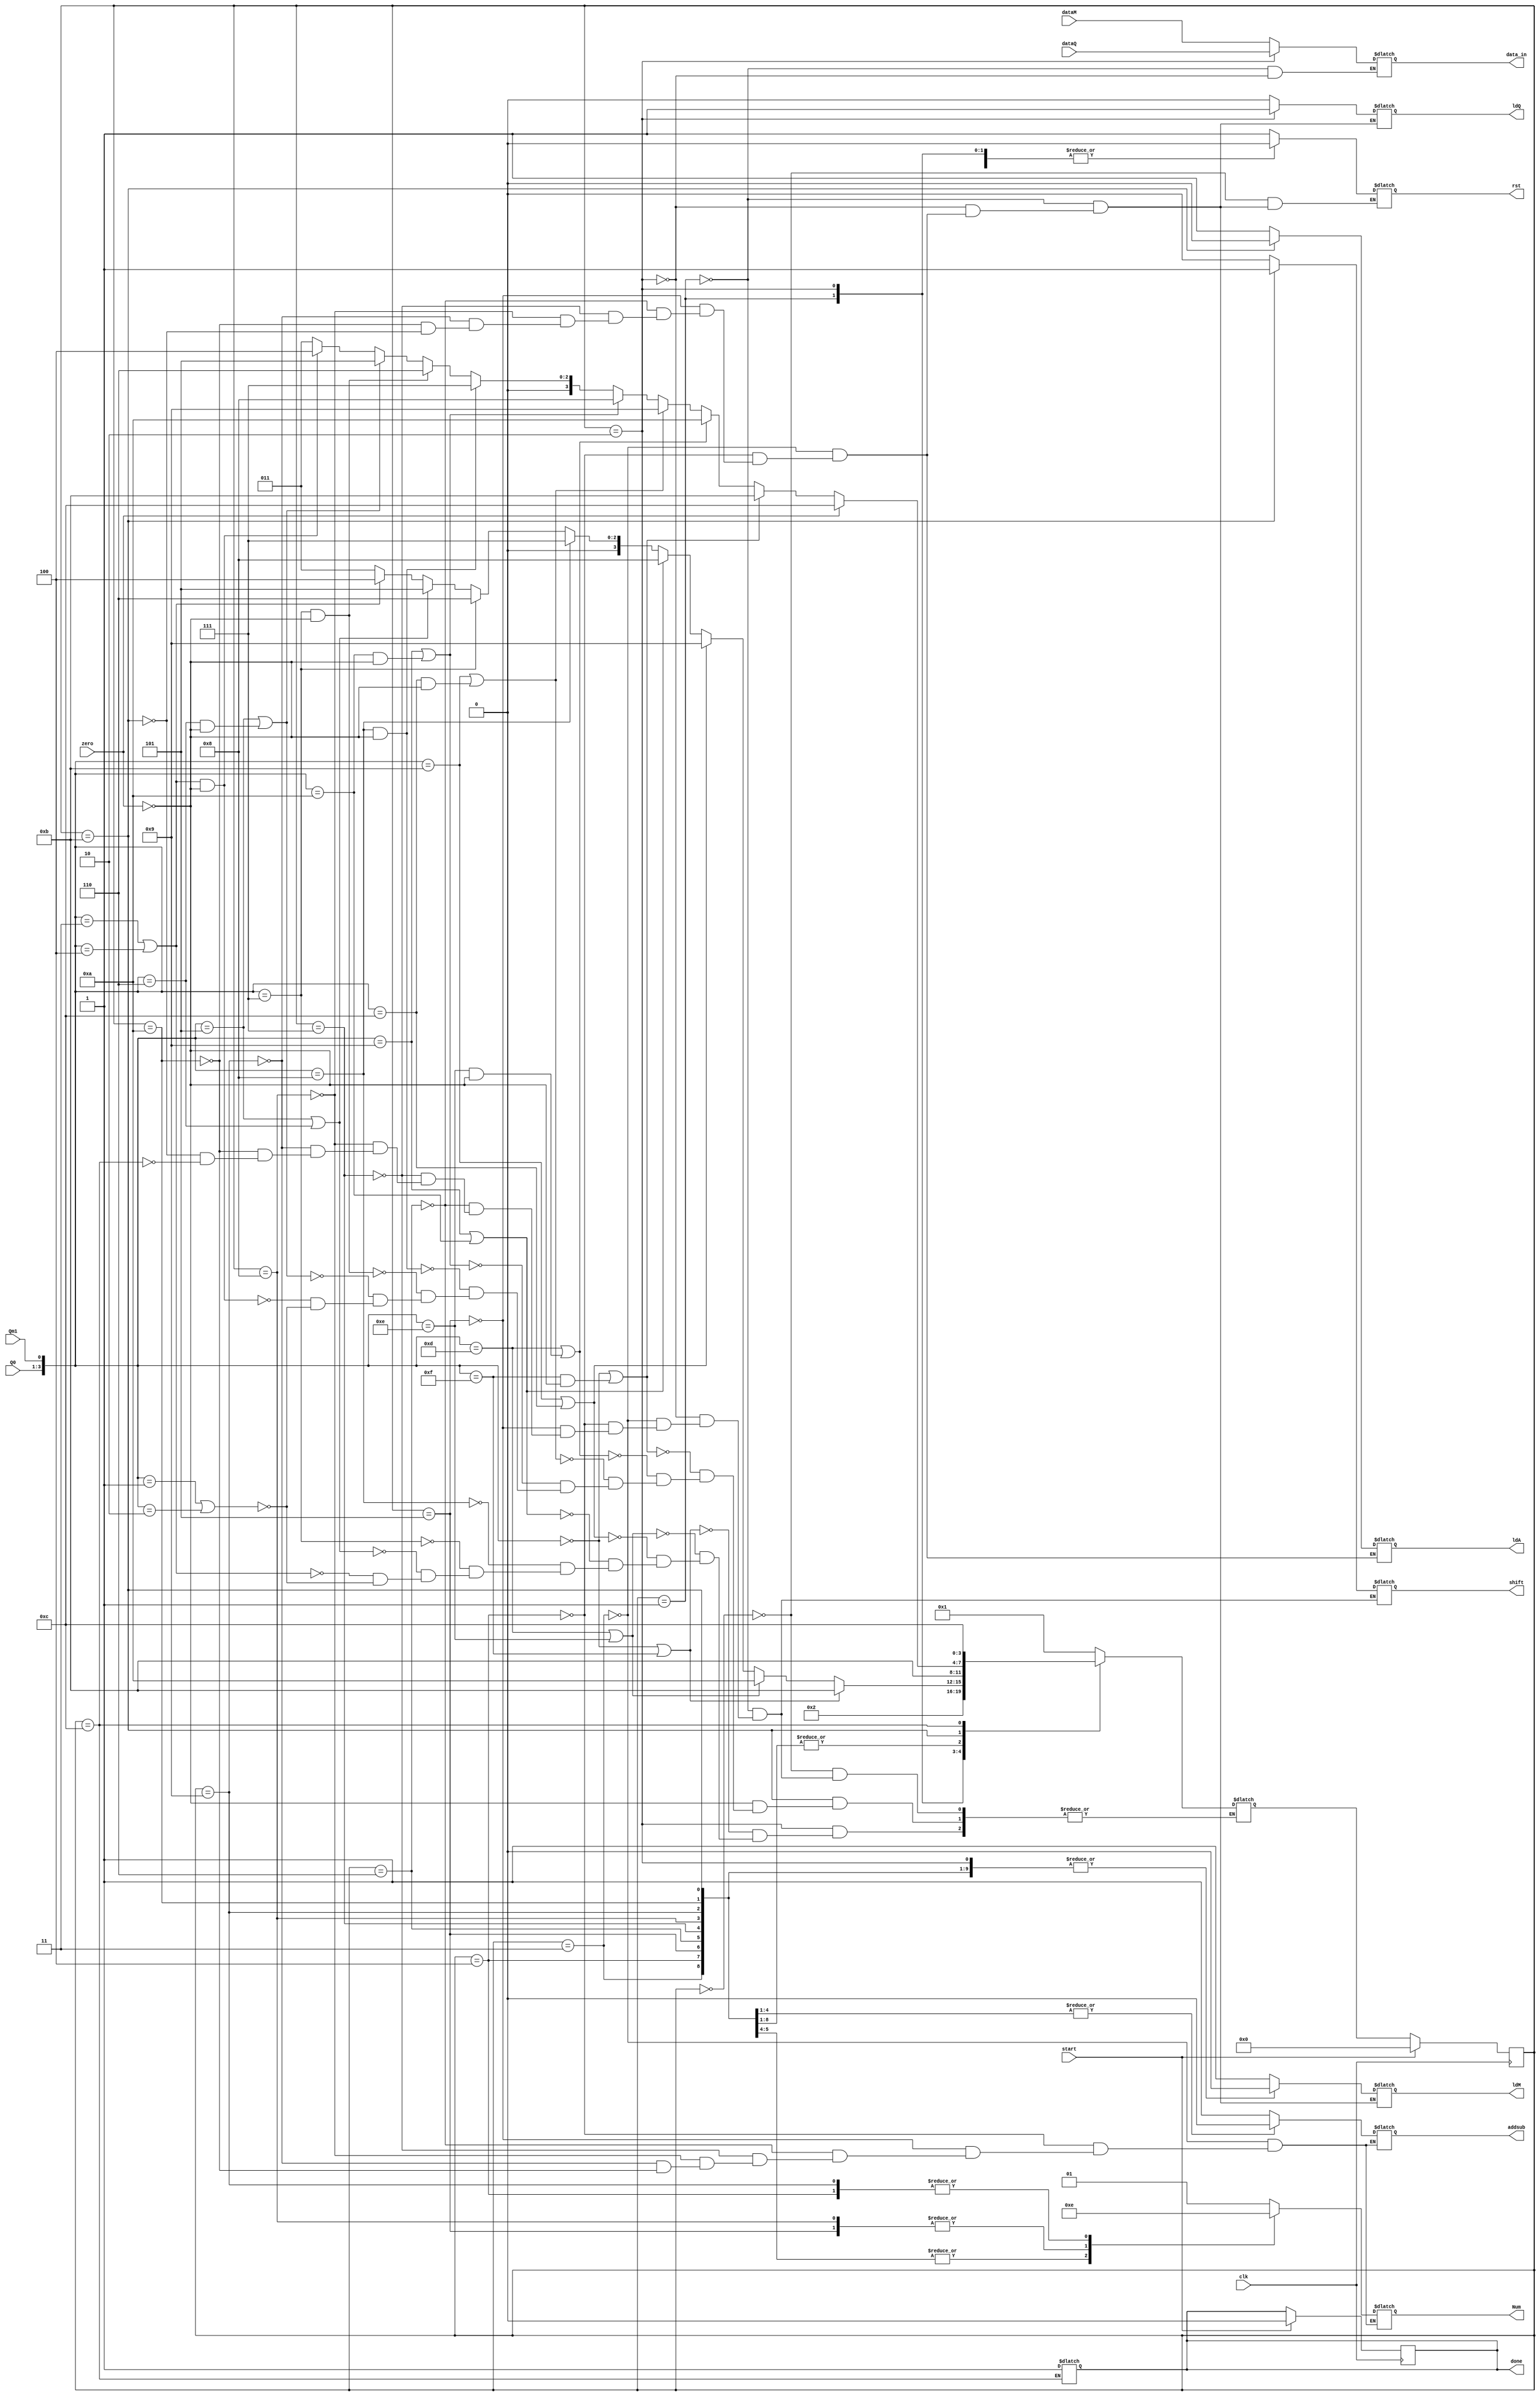
module control (
    input clk,input [2:0]Q0,input Qm1,start,zero,input [14:0]dataM,dataQ,output reg addsub,rst,ldM,shift,ldQ,done,ldA, output reg [14:0] data_in, output reg [1:0]Num
);
    parameter S0 = 4'b0000, S1 = 4'b0001, S2 = 4'b0010, S3 = 4'b0011,S4 = 4'b0100, S5 = 4'b0101,S6 = 4'b0110,S7 = 4'b0111,S8 = 4'b1000,S9 = 4'b1001,S10 = 4'b1010,S11 = 4'b1011,S12 = 4'b1100;
    reg [3:0]State,Next_State;
    
    always @(posedge clk) begin
        if(start) begin
            State <= S0;
            done <= 1'b0;
        end
        else begin
            State <= Next_State;
        end
    end

    always @(*) begin
        case(State)
        S0:begin
                Next_State <= S1;
            end
        S1: Next_State <= S2;
        S2: begin
            if({Q0,Qm1} == 4'b0001 || {Q0,Qm1} == 4'b0010 ) begin
                Next_State <= S3;
            end
            if({Q0,Qm1} == 4'b0011 || {Q0,Qm1} == 4'b0100) Next_State <= S4;
            if({Q0,Qm1} == 4'b0101 || {Q0,Qm1} == 4'b0110) Next_State <= S5;
            if({Q0,Qm1} == 4'b0111) Next_State <= S6;
            if({Q0,Qm1} == 4'b1000) Next_State <= S7;
            if({Q0,Qm1} == 4'b1001 || {Q0,Qm1} == 4'b1010) Next_State <= S8;
            if({Q0,Qm1} == 4'b1011 || {Q0,Qm1} == 4'b1100) Next_State <= S9;
            if({Q0,Qm1} == 4'b1101 || {Q0,Qm1} == 4'b1110) Next_State <= S10;
            if({Q0,Qm1} == 4'b0000 || {Q0,Qm1} == 4'b1111) Next_State <= S11;
        end
        S3: Next_State <= S11;
        S4: Next_State <= S11;
        S5: Next_State <= S11;
        S6: Next_State <= S11;
        S7: Next_State <= S11;
        S8: Next_State <= S11;
        S9: Next_State <= S11;
        S10: Next_State <= S11;
        S11: begin
            if({Q0,Qm1} == 4'b0001 || {Q0,Qm1} == 4'b0010 ) begin
                Next_State <= S3;
            end
            if(({Q0,Qm1} == 4'b0011 || {Q0,Qm1} == 4'b0100) && zero == 0) Next_State <= S4;
            if({Q0,Qm1} == 4'b0101 || {Q0,Qm1} == 4'b0110 && zero == 0) Next_State <= S5;
            if({Q0,Qm1} == 4'b0111 && zero == 0) Next_State <= S6;
            if({Q0,Qm1} == 4'b1000 && zero == 0) Next_State <= S7;
            if({Q0,Qm1} == 4'b1001 || {Q0,Qm1} == 4'b1010 && zero == 0) Next_State <= S8;
            if({Q0,Qm1} == 4'b1011 || {Q0,Qm1} == 4'b1100 && zero == 0) Next_State <= S9;
            if({Q0,Qm1} == 4'b1101 || {Q0,Qm1} == 4'b1110 && zero == 0) Next_State <= S10;
            if({Q0,Qm1} == 4'b0000 || {Q0,Qm1} == 4'b1111 && zero == 0) Next_State <= S11;
            if(zero == 1) Next_State <= S12;
        end
        S12: begin
            Next_State <= S12;
        end
        endcase
    end

    always @(State) begin
        case(State)
        S0: begin
            rst = 1'b1;
        end
        S1: begin
            rst = 1'b0;
            ldM = 1'b1;
            shift = 1'b0;
            data_in = dataM;
            ldQ = 1'b0;
        end
        S2: begin
            rst = 1'b0;
            ldM = 1'b0;
            ldQ = 1'b1;
            data_in = dataQ;
            shift = 1'b0;
        end
        S3: begin
            rst = 1'b0;
            ldQ = 1'b0;
            ldM = 1'b0;
            Num = 2'b01;
            addsub = 1'b1;
            ldA = 1'b1;
            shift = 1'b0;
        end
        S4: begin
            rst = 1'b0;
            ldQ = 1'b0;
            ldM = 1'b0;
            Num = 2'b10;
            addsub = 1'b1;
            ldA = 1'b1;
            shift = 1'b0;
        end
        S5: begin
            rst = 1'b0;
            ldQ = 1'b0;
            ldM = 1'b0;
            Num = 2'b11;
            addsub = 1'b1;
            ldA = 1'b1;
            shift = 1'b0;
        end
        S6: begin
            rst = 1'b0;
            ldQ = 1'b0;
            ldM = 1'b0;
            Num = 2'b00;
            addsub = 1'b1;
            ldA = 1'b1;
            shift = 1'b0;
        end
        S7: begin
            rst = 1'b0;
            ldQ = 1'b0;
            addsub = 1'b0;
            ldA = 1'b1;
            Num = 2'b00;
            shift = 1'b0;
            ldM=  1'b0;
        end
        S8: begin
            rst = 1'b0;
            ldQ = 1'b0;
            addsub = 1'b0;
            ldA = 1'b1;
            Num = 2'b11;
            shift = 1'b0;
            ldM=  1'b0;
        end
        S9: begin
            rst = 1'b0;
            ldQ = 1'b0;
            addsub = 1'b0;
            ldA = 1'b1;
            Num = 2'b10;
            shift = 1'b0;
            ldM=  1'b0;
        end
        S10: begin
            rst = 1'b0;
            ldQ = 1'b0;
            addsub = 1'b0;
            ldA = 1'b1;
            Num = 2'b01;
            shift = 1'b0;
            ldM=  1'b0;
        end
        S11: begin
            rst = 1'b0;
            ldA = 1'b0;
            shift = 1'b1;
            ldM = 0;
            ldQ = 0;
        end
        S12: begin
            done = 1'b1;
            shift = 1'b0;
        end 

    endcase
    end

endmodule